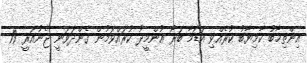
އިންތިޚާބު ކާމިޔާބު ކުރެއްވި އަޑަމާ ބަރޯ އުންމީދު ކުރައްވަމުން ގެންދަވަނީ ޖެނުއަރީ 19